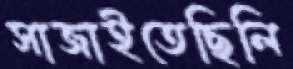
সাজাইতেছিলি